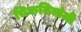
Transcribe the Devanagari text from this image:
चिकनियांजी